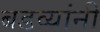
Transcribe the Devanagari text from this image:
बडव्यांनी